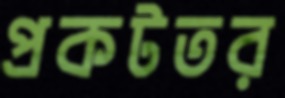
প্রকটতর